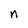
Character: n